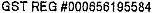
GST REG #000656195584